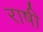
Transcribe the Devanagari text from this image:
राषी